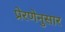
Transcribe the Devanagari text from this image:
प्रेरणेनुसार